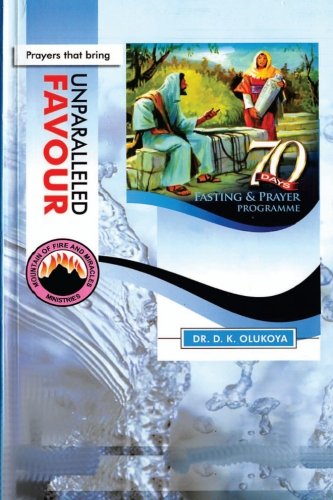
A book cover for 70 Days Fasting and Prayer Programme 2015 Edition : Prayers that bring unparalleled favour; Dr. D. K. Olukoya; Christian Books & Bibles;